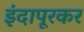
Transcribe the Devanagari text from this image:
इंदापूरकर